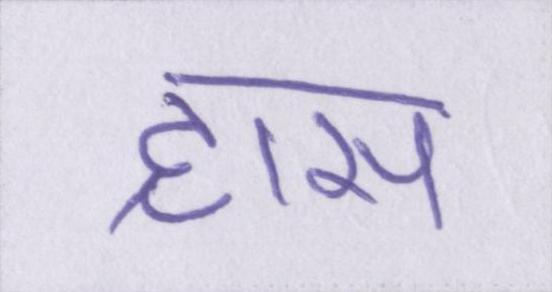
ह्रास